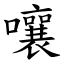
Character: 嚷